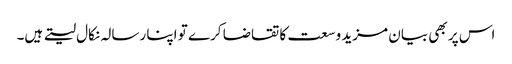
اس پر بھی بیان مزید وسعت کا تقاضا کرے تو اپنا رسالہ نکال لیتے ہیں۔